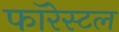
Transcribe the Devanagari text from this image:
फॉरेस्टल